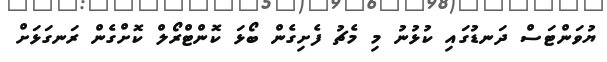
ޔުވަންޓަސް ދަނޑުގައި ކުޅުނު މި މެޗު ފެށިގެން ބޯޅަ ކޮންޓްރޯލް ކޮށްގެން ރަނގަޅަށް